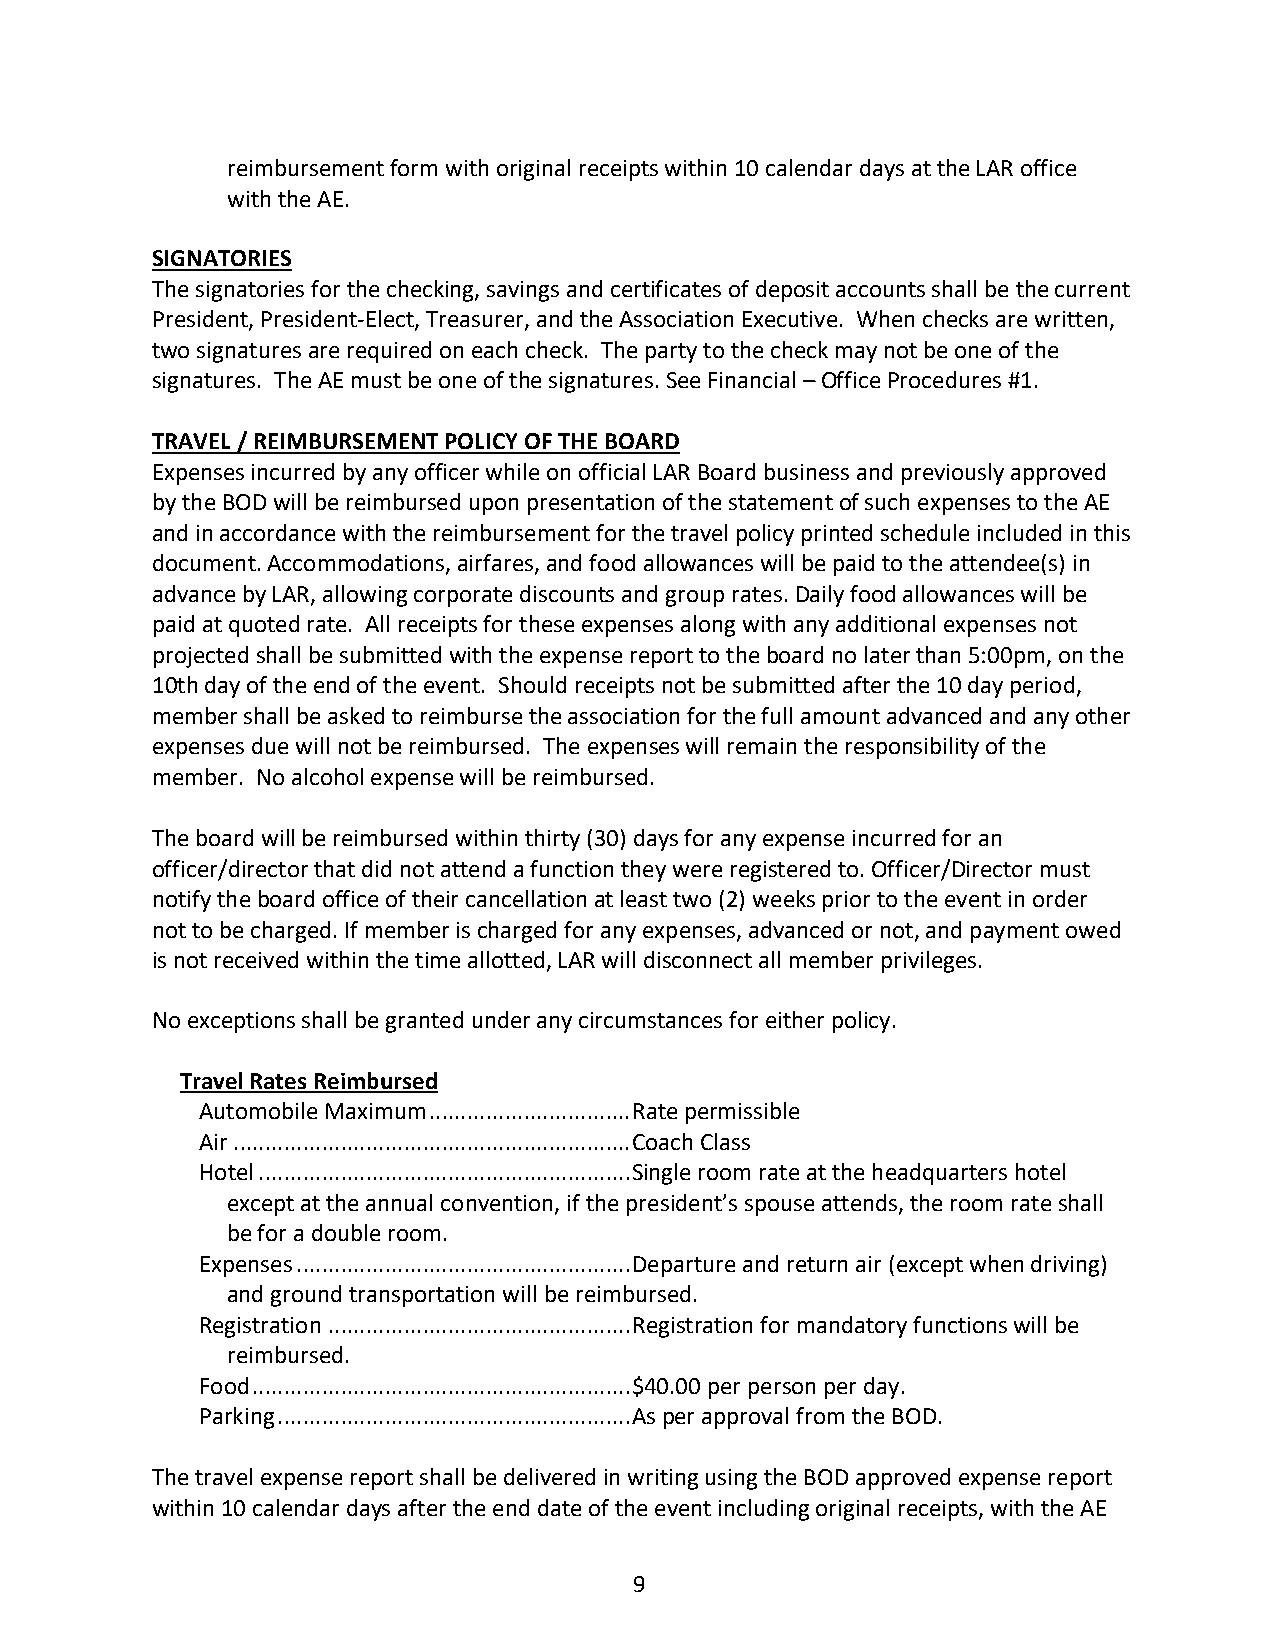
reimbursement form with original receipts within 10 calendar days at the LAR office
 with the AE.
 SIGNATORIES
 The signatories for the checking, savings and certificates of deposit accounts shall be the current
 President, President-Elect, Treasurer, and the Association Executive. When checks are written,
 two signatures are required on each check. The party to the check may not be one of the
 signatures. The AE must be one of the signatures. See Financial – Office Procedures #1.
 TRAVEL / REIMBURSEMENT POLICY OF THE BOARD
 Expenses incurred by any officer while on official LAR Board business and previously approved
 by the BOD will be reimbursed upon presentation of the statement of such expenses to the AE
 and in accordance with the reimbursement for the travel policy printed schedule included in this
 document. Accommodations, airfares, and food allowances will be paid to the attendee(s) in
 advance by LAR, allowing corporate discounts and group rates. Daily food allowances will be
 paid at quoted rate. All receipts for these expenses along with any additional expenses not
 projected shall be submitted with the expense report to the board no later than 5:00pm, on the
 10th day of the end of the event. Should receipts not be submitted after the 10 day period,
 member shall be asked to reimburse the association for the full amount advanced and any other
 expenses due will not be reimbursed. The expenses will remain the responsibility of the
 member. No alcohol expense will be reimbursed.
 The board will be reimbursed within thirty (30) days for any expense incurred for an
 officer/director that did not attend a function they were registered to. Officer/Director must
 notify the board office of their cancellation at least two (2) weeks prior to the event in order
 not to be charged. If member is charged for any expenses, advanced or not, and payment owed
 is not received within the time allotted, LAR will disconnect all member privileges.
 No exceptions shall be granted under any circumstances for either policy.
 Travel Rates Reimbursed
 Automobile Maximum ................................ Rate permissible
 Air ............................................................... Coach Class
 Hotel ........................................................... Single room rate at the headquarters hotel
 except at the annual convention, if the president’s spouse attends, the room rate shall
 be for a double room.
 Expenses ..................................................... Departure and return air (except when driving)
 and ground transportation will be reimbursed.
 Registration ................................................ Registration for mandatory functions will be
 reimbursed.
 Food ............................................................ $40.00 per person per day.
 Parking ........................................................ As per approval from the BOD.
 The travel expense report shall be delivered in writing using the BOD approved expense report
 within 10 calendar days after the end date of the event including original receipts, with the AE
 9